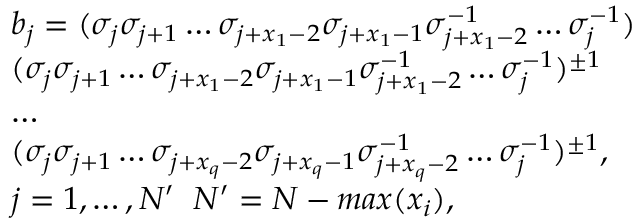
\begin{array} { l } { b _ { j } = ( \sigma _ { j } \sigma _ { j + 1 } \dots \sigma _ { j + x _ { 1 } - 2 } \sigma _ { j + x _ { 1 } - 1 } \sigma _ { j + x _ { 1 } - 2 } ^ { - 1 } \dots \sigma _ { j } ^ { - 1 } ) } \\ { ( \sigma _ { j } \sigma _ { j + 1 } \dots \sigma _ { j + x _ { 1 } - 2 } \sigma _ { j + x _ { 1 } - 1 } \sigma _ { j + x _ { 1 } - 2 } ^ { - 1 } \dots \sigma _ { j } ^ { - 1 } ) ^ { \pm 1 } } \\ { \dots } \\ { ( \sigma _ { j } \sigma _ { j + 1 } \dots \sigma _ { j + x _ { q } - 2 } \sigma _ { j + x _ { q } - 1 } \sigma _ { j + x _ { q } - 2 } ^ { - 1 } \dots \sigma _ { j } ^ { - 1 } ) ^ { \pm 1 } , } \\ { j = 1 , \dots , N ^ { \prime } \; \; N ^ { \prime } = N - m a x ( x _ { i } ) , } \end{array}